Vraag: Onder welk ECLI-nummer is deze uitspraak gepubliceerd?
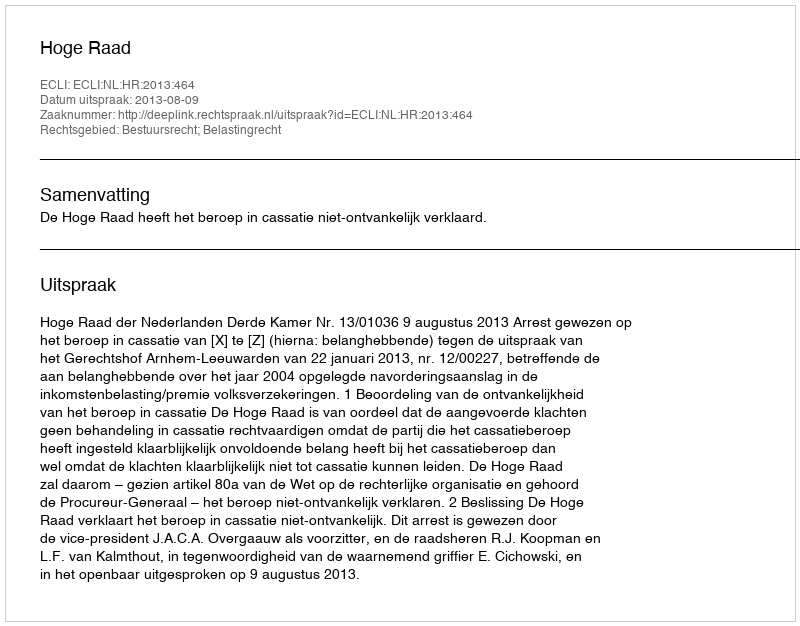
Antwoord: ECLI:NL:HR:2013:464